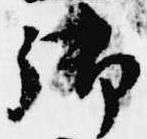
御